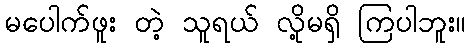
မပေါက်ဖူး တဲ့ သူရယ် လို့မရှိ ကြပါဘူး။